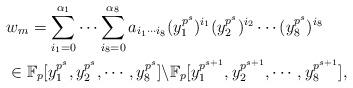
LaTeX: \begin{align*}\begin{aligned} & w_m =\sum_{i_1=0}^{\alpha_1}\cdots\sum_{i_8=0}^{\alpha_8} a_{i_1\cdots i_8}(y_1^{p^s})^{i_1}(y_2^{p^s})^{i_2}\cdots (y_8^{p^s})^{i_8}\\&\in \mathbb{F}_p[y_1^{p^s},y_2^{p^s},\cdots, y_8^{p^s}]\backslash \mathbb{F}_p[y_1^{p^{s+1}},y_2^{p^{s+1}},\cdots, y_8^{p^{s+1}}],\end{aligned}\end{align*}